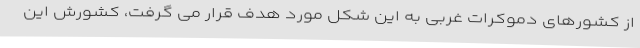
از کشورهای دموکرات غربی به این شکل مورد هدف قرار می گرفت، کشورش این